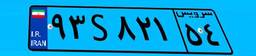
۰۶S۳۲۱۸۵